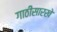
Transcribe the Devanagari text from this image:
गाठीसारखे